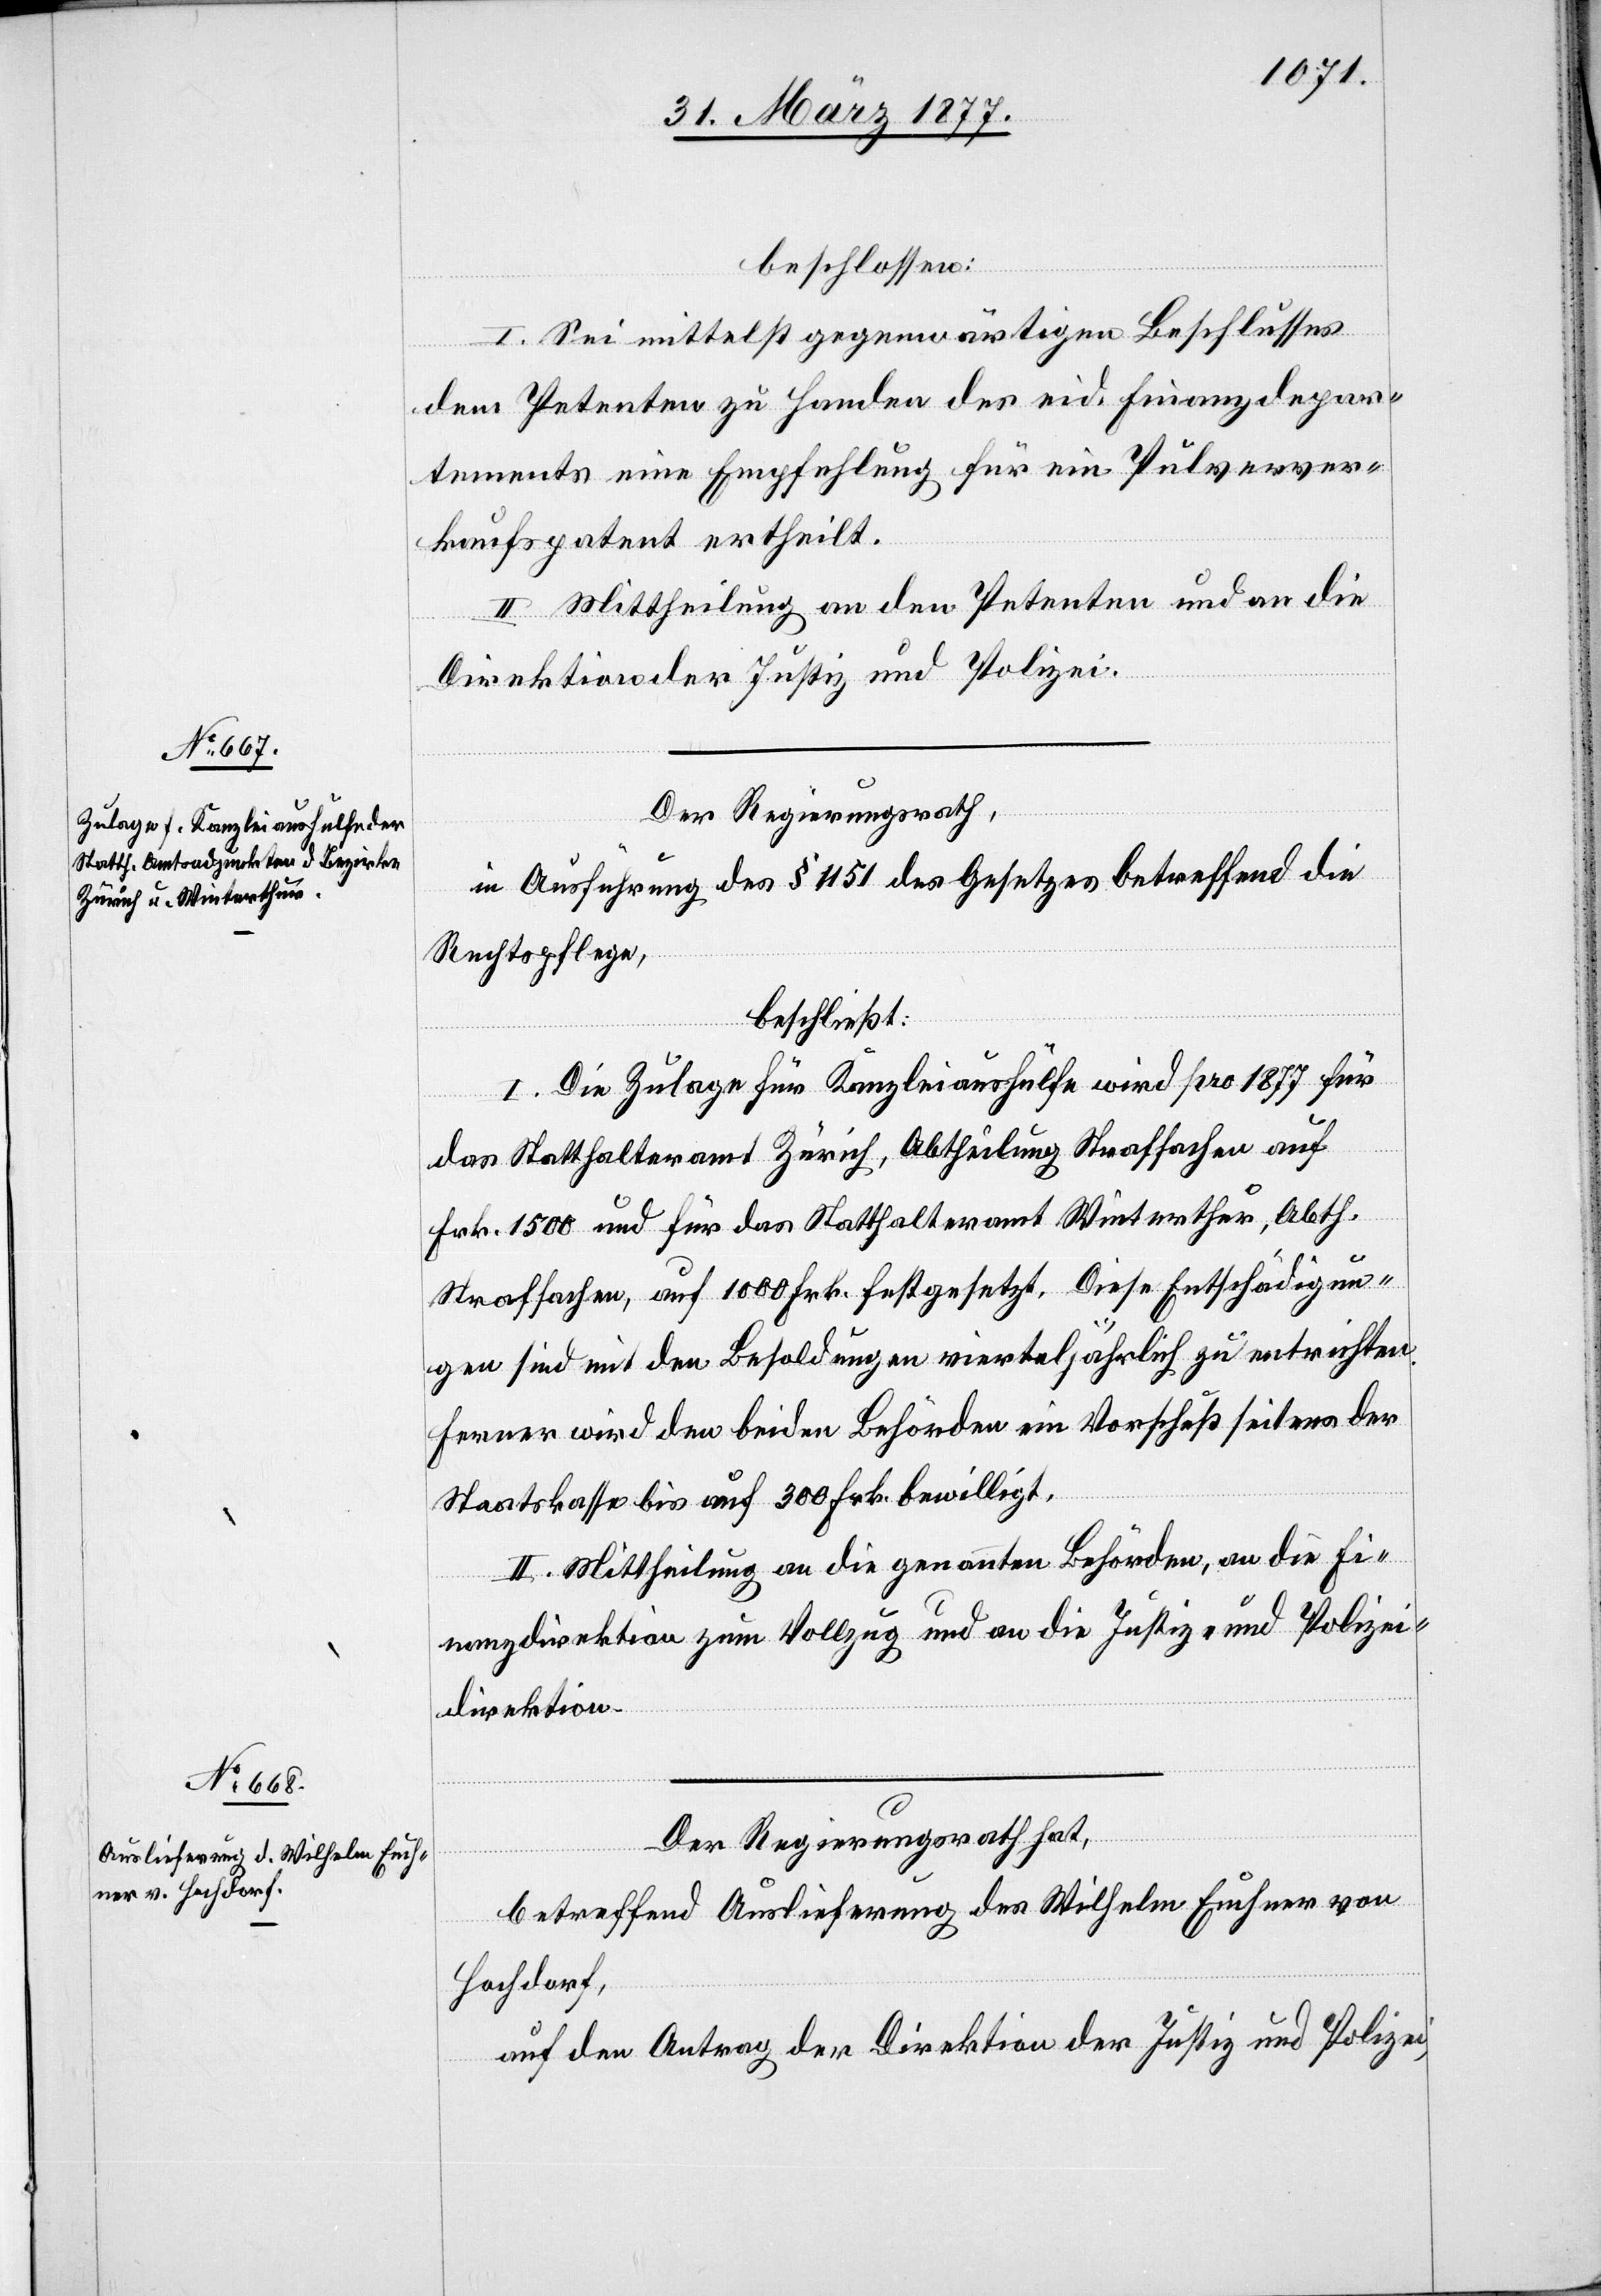
beschlossen:
I. Sei mittelst gegenwärtigen Beschlusses
dem Petenten zu Handen des eid. Finanzdepar¬
tements eine Empfehlung für ein Pulverver¬
kaufspatent ertheilt.
II. Mittheilung an den Petenten und an die
Direktion der Justiz und Polizei.
Der Regierungsrath,
in Ausführung des § 451 des Gesetzes betreffend die
Rechtspflege,
beschließt:
I. Die Zulage für Kanzleiaushülfe wird pro 1877 für
das Statthalteramt Zürich, Abtheilung Strafsachen auf
Frk. 1500 und für das Statthalteramt Winterthur, Abth.
Strafsachen, auf 1000 Frk. festgesetzt. Diese Entschädigun¬
gen sind mit den Besoldungen vierteljährlich zu entrichten.
Ferner wird den beiden Behörden ein Vorschuß seitens der
Staatskasse bis auf 300 Frk. bewilligt.
II. Mittheilung an die genannten Behörden, an die Fi¬
nanzdirektion zum Vollzug und an die Justiz- und Polizei¬
direktion.
Der Regierungsrath hat,
betreffend Auslieferung des Wilhelm Euchner von
Hochdorf,
auf den Antrag der Direktion der Justiz und Polizei,